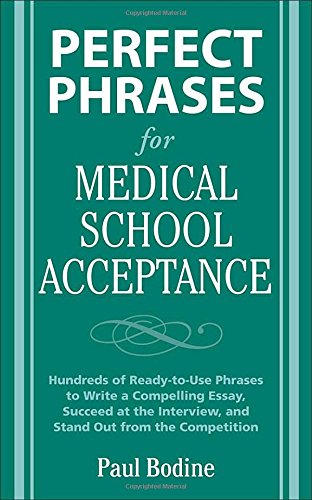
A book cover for Perfect Phrases for Medical School Acceptance (Perfect Phrases Series); Paul Bodine; Test Preparation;